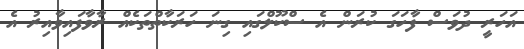
އަހަރީ ދުވަސް ފާހަގަ ކުރަން އެ ސްކޫލްގައި ގިނަ ހަރަކާތްތަކެއް ރާވާފައިވާއިރު އެ